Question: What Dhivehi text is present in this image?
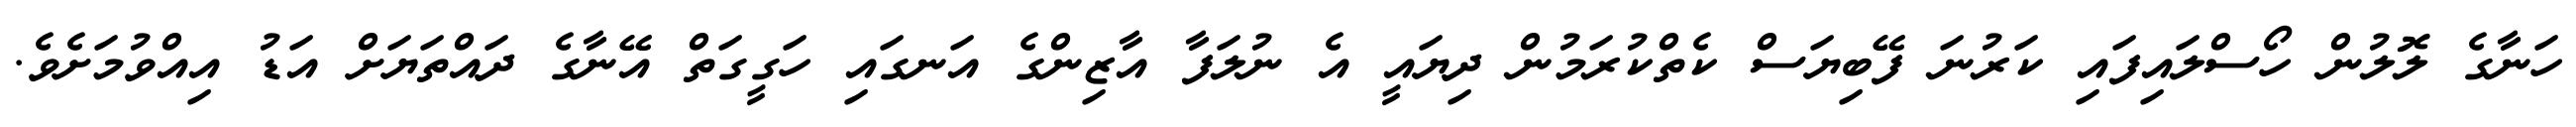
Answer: ހަނާގެ ލޮލުން ހޯސްލައިފައި ކަރުނަ ފޭބިޔަސް ކެތްކުރަމުން ދިޔައީ އެ ނުލަފާ އާޒިންގެ އަނގައި ހަގީގަތް އޭނާގެ ދައްތަޔަށް އަޑު އިއްވުމަށެވެ.